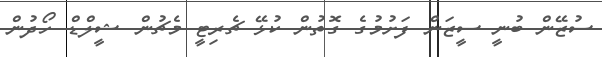
ސުޒޭން ބުނީ ސީޒަން ފަށުމުގެ ގޮތުން ކުޅޭ ޗެރިޓީ މެޗުން ޝީލްޑް ހޯދުން